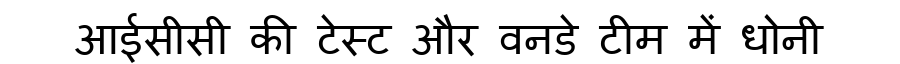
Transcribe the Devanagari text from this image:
आईसीसी की टेस्ट और वनडे टीम में धोनी